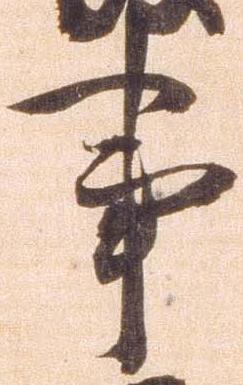
事